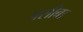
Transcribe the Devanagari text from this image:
पसीबा